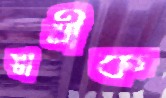
স্বামীক